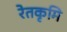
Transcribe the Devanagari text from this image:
रेतकृमि